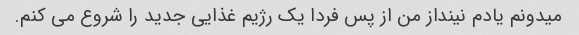
میدونم یادم نینداز من از پس فردا یک رژیم غذایی جدید را شروع می کنم.